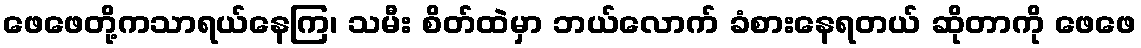
ဖေဖေတို့ကသာရယ်နေကြ၊ သမီး စိတ်ထဲမှာ ဘယ်လောက် ခံစားနေရတယ် ဆိုတာကို ဖေဖေ